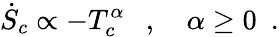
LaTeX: {\dot{S}}_{c}\propto-T_{c}^{\alpha}~~~,~~~~\alpha\geq 0~~.